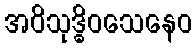
အဝိသုဒ္ဓိဝသေနေဝ